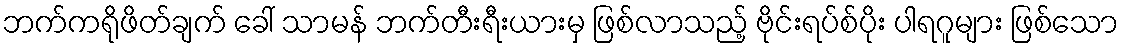
ဘက်ကရိုဖိတ်ချက် ခေါ် သာမန် ဘက်တီးရီးယားမှ ဖြစ်လာသည့် ဗိုင်းရပ်စ်ပိုး ပါရဂူများ ဖြစ်သော